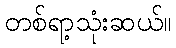
တစ်ရာ့သုံးဆယ်။